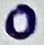
Text: 0